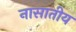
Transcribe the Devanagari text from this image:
नासातीय